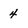
Character: 4